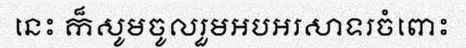
នេះ ក៏សូមចូលរួមអបអរសាទរចំពោះ